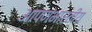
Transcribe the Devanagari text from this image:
आपणभारतीय